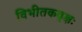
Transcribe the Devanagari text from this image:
विभीतकवृक्षः